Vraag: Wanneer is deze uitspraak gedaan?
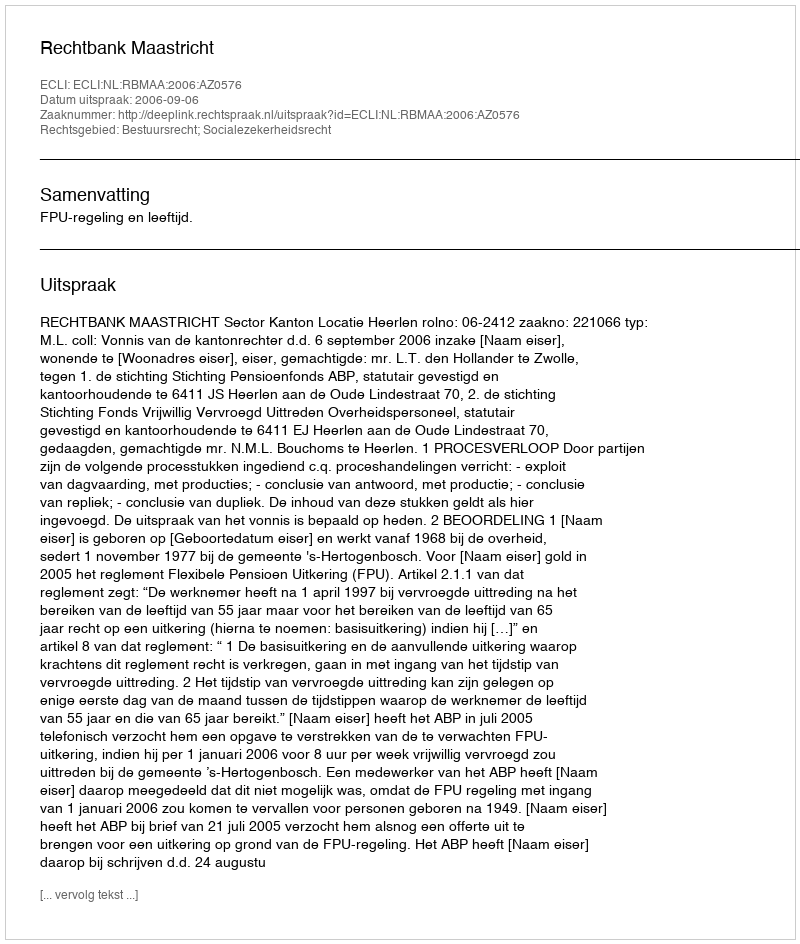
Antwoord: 2006-09-06